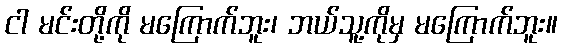
ငါ မင်းတို့ကို မကြောက်ဘူး၊ ဘယ်သူ့ကိုမှ မကြောက်ဘူး။